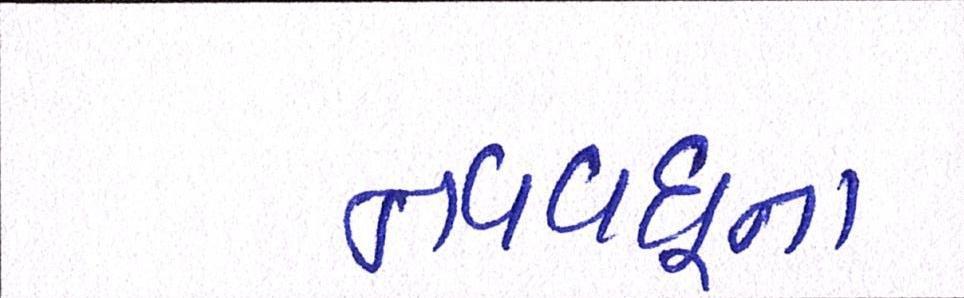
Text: નવવધૂના